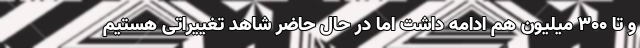
و تا ۳۰۰ میلیون هم ادامه داشت اما در حال حاضر شاهد تغییراتی هستیم